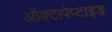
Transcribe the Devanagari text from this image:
ऑक्टापेप्टाइड